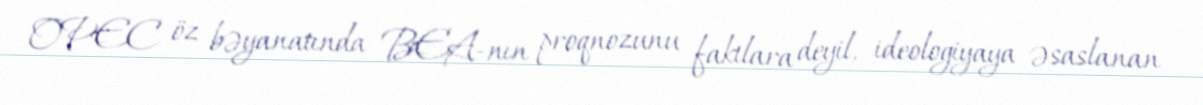
OPEC öz bəyanatında BEA-nın proqnozunu faktlara deyil, ideologiyaya əsaslanan